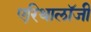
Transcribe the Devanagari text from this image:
एरिथालॉजी